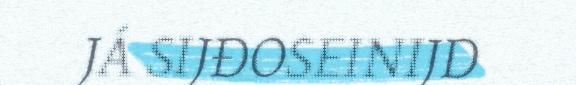
JÁ SIJĐOSEINIJD